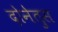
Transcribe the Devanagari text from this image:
दोनेतुस